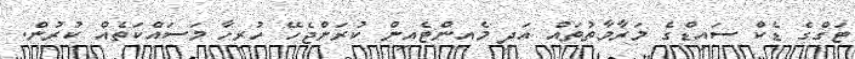
ޓަގްގެ ޑެކްް ސައިޑްގެ މަރާމާތުތައް އަދި މެއިންޓެއިން ކުރަންޖެހޭ ހުރިހާ މަސައްކަތެއް ކުރުން.